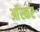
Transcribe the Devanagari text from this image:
आॅस्कर